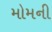
મોમની